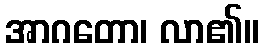
အာဂတော၊ လာ၏။